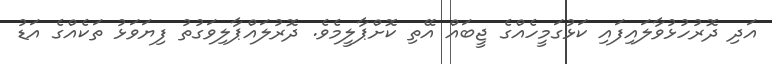
އަދި ދޮރުހުޅުވާލައިފައި ކަޅުގަމީހެއްގެ ޖީބައް އޭތި ކޮށްޕާލީމެވެ. ދޮރުލައްޕާލިވަގުތު ފިޔަވަޅު ތަކެއްގެ އަޑު